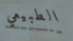
الطبيعي